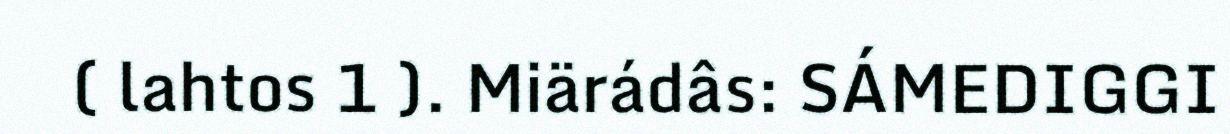
( lahtos 1 ). Miärádâs: SÁMEDIGGI